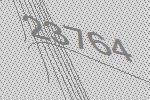
23764